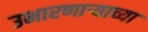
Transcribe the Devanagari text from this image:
उभारणार्‍याच्या